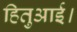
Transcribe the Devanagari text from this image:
हितुआई।